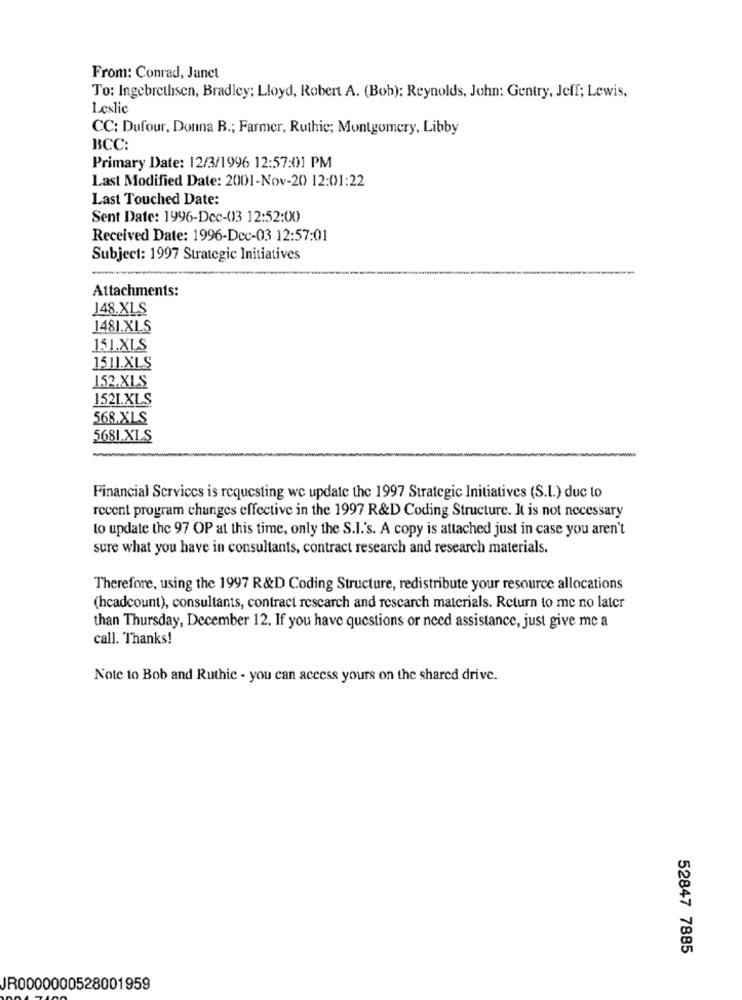
From: Conrad, Janet
To: Ingebrethsen, Bradley: Lloyd, Robert A. (Bob); Reynolds, John: Gentry, Jeff; Lewis,
Leslic
CC: Dufour, Donna B .; Farmer, Ruthie; Montgomery, Libby
BCC:
Primary Date: 12/3/1996 12:57:01 PM
Last Modified Date: 2001-Nov-20 12:01:22
Last Touched Date:
Sent Date: 1996-Dec-(13 12:52:00
Received Date: 1996-Dcc-03 12:57:01
Subject: 1997 Strategic Initiatives
Attachments:
J48.XLS
1481.XLS
151.XLS
1511.XLS
152.XL.S
1521.XLS
568.XLS
5681.XLS
Financial Services is requesting we update the 1997 Strategic Initiatives (S.L.) due to
recent program changes effective in the 1997 R&D Coding Structure. It is not necessary
to update the 97 OP at this time, only the S.I.'s. A copy is attached just in case you aren't
sure what you have in consultants, contract research and research materials.
Therefore, using the 1997 R&D Coding Structure, redistribute your resource allocations
(headcount), consultants, contract rescarch and rescarch materials. Return to me no later
than Thursday, December 12. If you have questions or need assistance, just give me a
call. Thanks!
Note to Bob and Ruthie - you can access yours on the shared drive.
52847 7885
JR0000000528001959